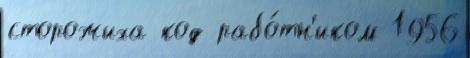
сторожиха код рабо́тн'иком 1956